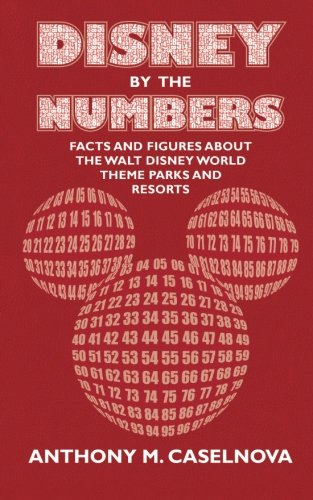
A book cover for Disney by the Numbers: Facts and Figures About the Walt Disney World Theme Parks and Resorts; Anthony M Caselnova; Travel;